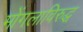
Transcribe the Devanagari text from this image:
मोंगलाविरुद्ध